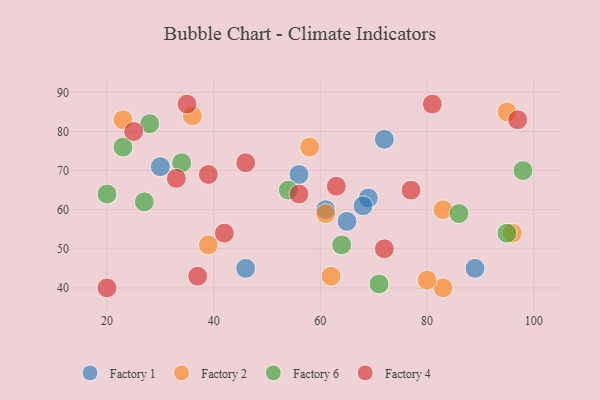
{"axis": {"x": "GDP", "y": "Life Expectancy"}, "legend": ["Factory 1", "Factory 2", "Factory 4", "Factory 6"], "data": [{"x": "46", "y": 45, "type": "Factory 1"}, {"x": "89", "y": 45, "type": "Factory 1"}, {"x": "72", "y": 78, "type": "Factory 1"}, {"x": "61", "y": 60, "type": "Factory 1"}, {"x": "69", "y": 63, "type": "Factory 1"}, {"x": "30", "y": 71, "type": "Factory 1"}, {"x": "68", "y": 61, "type": "Factory 1"}, {"x": "56", "y": 69, "type": "Factory 1"}, {"x": "65", "y": 57, "type": "Factory 1"}, {"x": "95", "y": 85, "type": "Factory 2"}, {"x": "61", "y": 59, "type": "Factory 2"}, {"x": "23", "y": 83, "type": "Factory 2"}, {"x": "83", "y": 40, "type": "Factory 2"}, {"x": "96", "y": 54, "type": "Factory 2"}, {"x": "80", "y": 42, "type": "Factory 2"}, {"x": "58", "y": 76, "type": "Factory 2"}, {"x": "36", "y": 84, "type": "Factory 2"}, {"x": "83", "y": 60, "type": "Factory 2"}, {"x": "62", "y": 43, "type": "Factory 2"}, {"x": "39", "y": 51, "type": "Factory 2"}, {"x": "34", "y": 72, "type": "Factory 6"}, {"x": "54", "y": 65, "type": "Factory 6"}, {"x": "20", "y": 64, "type": "Factory 6"}, {"x": "64", "y": 51, "type": "Factory 6"}, {"x": "71", "y": 41, "type": "Factory 6"}, {"x": "28", "y": 82, "type": "Factory 6"}, {"x": "23", "y": 76, "type": "Factory 6"}, {"x": "98", "y": 70, "type": "Factory 6"}, {"x": "86", "y": 59, "type": "Factory 6"}, {"x": "95", "y": 54, "type": "Factory 6"}, {"x": "27", "y": 62, "type": "Factory 6"}, {"x": "63", "y": 66, "type": "Factory 4"}, {"x": "42", "y": 54, "type": "Factory 4"}, {"x": "56", "y": 64, "type": "Factory 4"}, {"x": "77", "y": 65, "type": "Factory 4"}, {"x": "39", "y": 69, "type": "Factory 4"}, {"x": "97", "y": 83, "type": "Factory 4"}, {"x": "33", "y": 68, "type": "Factory 4"}, {"x": "20", "y": 40, "type": "Factory 4"}, {"x": "37", "y": 43, "type": "Factory 4"}, {"x": "35", "y": 87, "type": "Factory 4"}, {"x": "72", "y": 50, "type": "Factory 4"}, {"x": "81", "y": 87, "type": "Factory 4"}, {"x": "46", "y": 72, "type": "Factory 4"}, {"x": "25", "y": 80, "type": "Factory 4"}]}